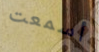
أسمعت